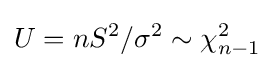
U=nS^{2}/\sigma ^{2}\sim \chi _{n-1}^{2}